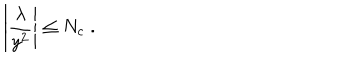
\left| \frac { \lambda } { y ^ { 2 } } \right| \leq N _ { c } \; .